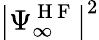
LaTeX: \big|\Psi_{\infty}^{\mathrm{~H~F~}}\big|^{2}